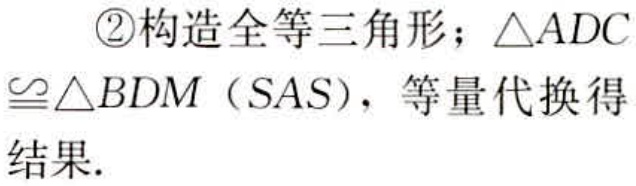
\textcircled{2}构造全等三角形；\(\triangle ADC\cong\triangle BDM\)（SAS），等量代换得结果.